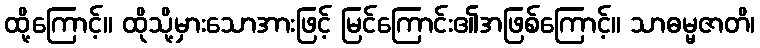
ထို့ကြောင့်။ ထိုသို့မှားသောအားဖြင့် မြင်ကြောင်း၏အဖြစ်ကြောင့်။ သာဓမ္မဇာတိ၊